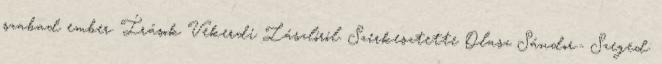
szabad ember. Írások Vekerdi Lászlóról. Szerkesztette Olasz Sándor.- Szeged: